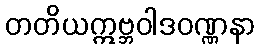
တတိယဣဗ္ဘဝါဒဝဏ္ဏနာ